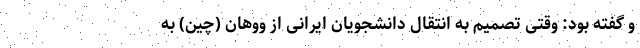
و گفته بود: وقتی تصمیم به انتقال دانشجویان ایرانی از ووهان (چین) به